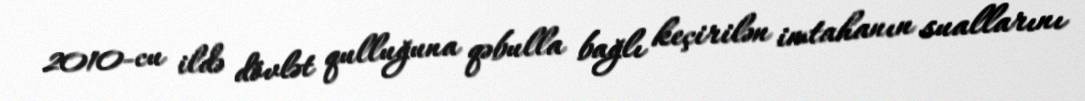
2010-cu ildə dövlət qulluğuna qəbulla bağlı keçirilən imtahanın suallarını